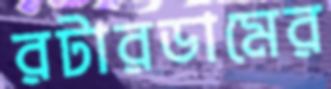
রটারডামের